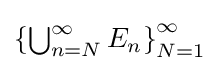
{\textstyle \left\{\bigcup _{n=N}^{\infty }E_{n}\right\}_{N=1}^{\infty }}